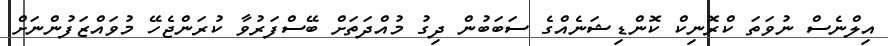
އިލްނެސް ނުވަތަ ކްރޮނިކް ކޮންޑިޝަނެއްގެ ސަބަބުން ދިގު މުއްދަތަށް ބޭސްފަރުވާ ކުރަންޖެހޭ މުވައްޒަފުންނަށް